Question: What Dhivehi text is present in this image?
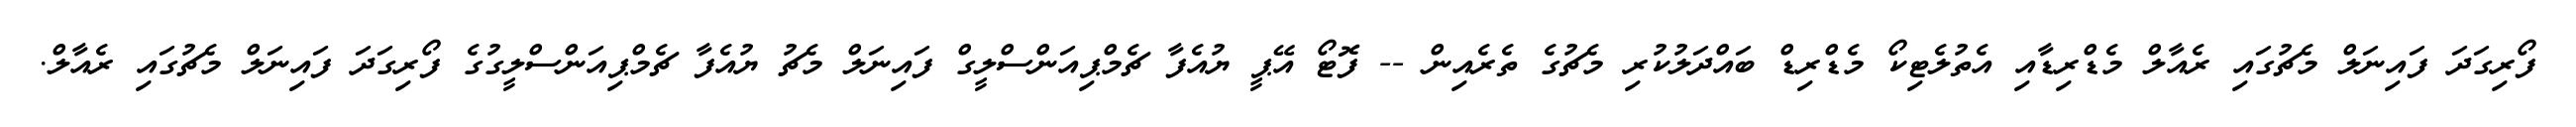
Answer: ފޯރިގަދަ ފައިނަލް މެޗުގައި ރެއާލް މެޑްރިޑާއި އެތުލެޓިކޯ މެޑްރިޑް ބައްދަލުކުރި މެޗުގެ ތެރެއިން -- ފޮޓޯ އޭޕީ ޔުއެފާ ޗެމްޕިއަންސްލީގް ފައިނަލް މެޗު ޔުއެފާ ޗެމްޕިއަންސްލީގުގެ ފޯރިގަދަ ފައިނަލް މެޗުގައި ރެއާލް.